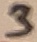
Text: 3